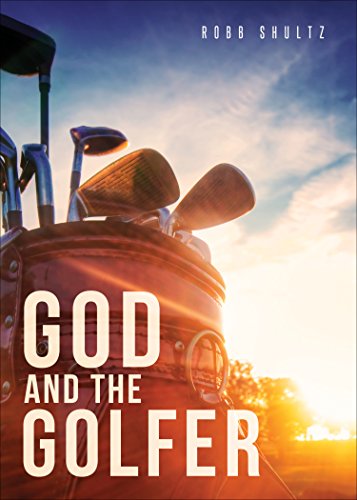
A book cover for God and the Golfer; Robb Shultz; Biographies & Memoirs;